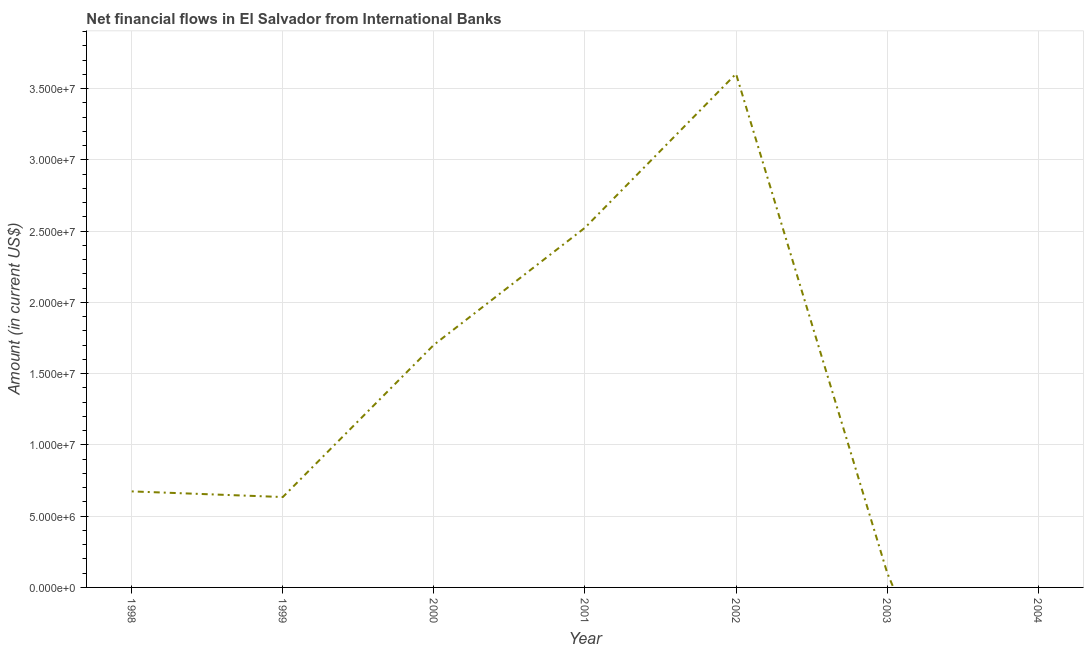
| Year | Net financial flows from IBRD |
 | --- | --- |
 | 1998 | 6.74e+06 |
 | 1999 | 6.34e+06 |
 | 2000 | 1.7e+07 |
 | 2001 | 2.52e+07 |
 | 2002 | 3.6e+07 |
 | 2003 | 1.04e+06 |
 | 2004 | -2.43e+07 |